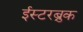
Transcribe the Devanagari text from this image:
ईस्टरब्रुक